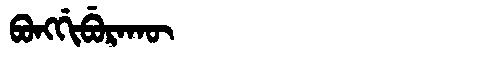
Manchu: ᠪᠣᠩᡤᡳᠪᡠᡵᠠᡴᡡ
Romanization: BONGGIBURAKŪ